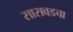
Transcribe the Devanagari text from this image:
सासवडचा